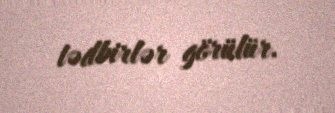
tədbirlər görülür.